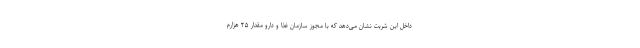
داخل این شربت نشان می‌دهد که با مجوز سازمان غذا و دارو مقدار ۲۵ هزارم